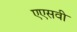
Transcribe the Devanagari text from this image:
एएसवी